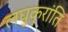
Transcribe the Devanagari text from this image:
लघुक्रांति